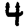
Digit: 4